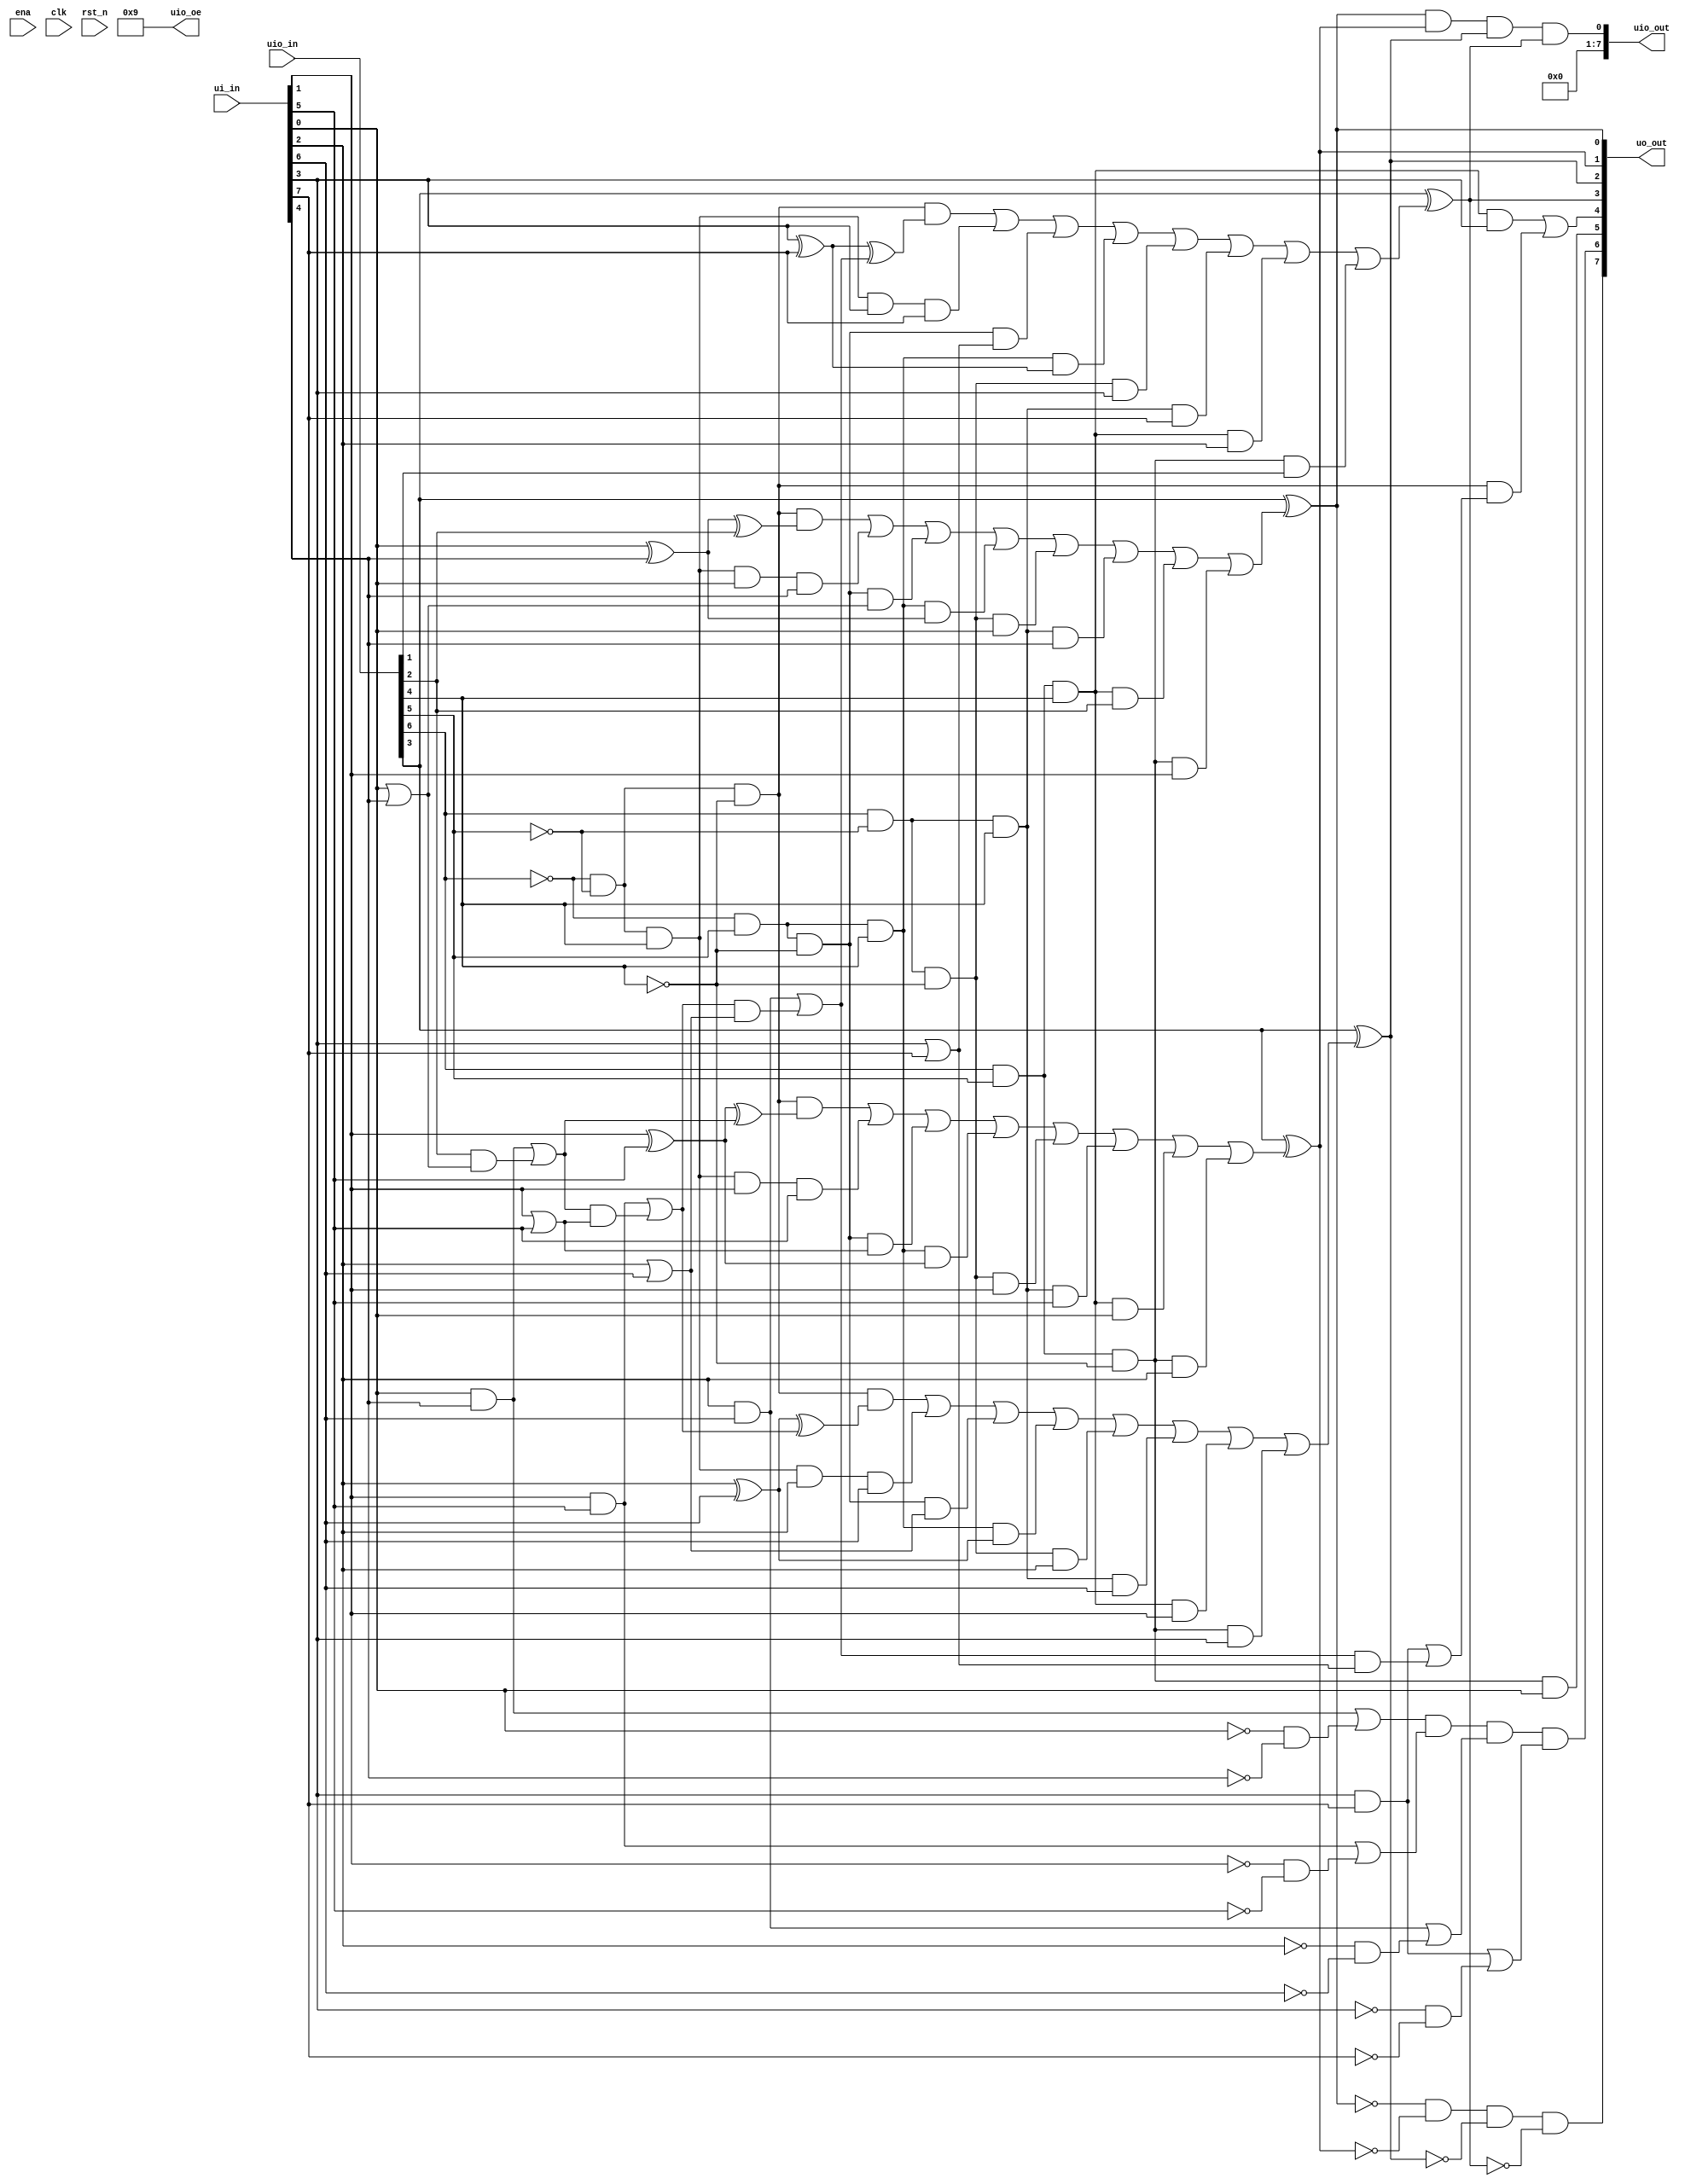
// 4-bit ALU slice design
// Mike McCann 7/5/2024
// tested on an Altera/Intel Cyclone II EP2C20F484C7 FPGA

module tt_um_kb2ghz_xalu (
    input  wire [7:0] ui_in,    // Dedicated inputs
    output wire [7:0] uo_out,   // Dedicated outputs
    input  wire [7:0] uio_in,   // IOs: Input path
    output wire [7:0] uio_out,  // IOs: Output path
    output wire [7:0] uio_oe,   // IOs: Enable path (active high: 0=input, 1=output)
    input  wire       ena,      // will go high when the design is enabled
    input  wire       clk,      // clock
    input  wire       rst_n     // reset_n - low to reset
);

assign uio_oe = 8'b00001001;

// define two 4-bit data input ports 

// port A
`define da0 ui_in[0] 
`define da1 ui_in[1]  
`define da2 ui_in[2]  
`define da3 ui_in[3]  

// port B
`define db0 ui_in[4] 
`define db1 ui_in[5] 
`define db2 ui_in[6]
`define db3 ui_in[7] 

// define an 4-bit data output port

`define d0 uo_out[0] 
`define d1 uo_out[1]  
`define d2 uo_out[2]  
`define d3 uo_out[3]  

// function code inputs
`define F0 uio_in[4]
`define F1 uio_in[5]
`define F2 uio_in[6]	
	
// define carry outputs

`define co_left uo_out[4]   // left carry output
`define co_right uo_out[5]  // right carry ouput

// comparator output

`define EQU uo_out[6]      //  A=B

// zero detect

`define ZERO uo_out[7]       // output = +zero
`define NEG_ZERO uio_out[0]  // output = -zero

// define carry inputs

`define ci_left uio_in[1]        // left side carry input
`define ci_right uio_in[2]       // right side carry input

// 1's complement mode
`define COM uio_in[3]
	
// list unused inputs to prevent warnings
wire _unused =&{ena, clk, rst_n, 1'b0};
assign uio_out[1] = 1'b0;
assign uio_out[2] = 1'b0;
assign uio_out[3] = 1'b0;
assign uio_out[4] = 1'b0;
assign uio_out[5] = 1'b0;
assign uio_out[6] = 1'b0;
assign uio_out[7] = 1'b0;
	
wire bit0cy, bit1cy, bit2cy;  // carry signals between full adders
wire d0int, d1int, d2int, d3int; // bus connecting the 1's complement section and output port

// implement 1's complement function
assign `d0 = `COM ^ d0int;
assign `d1 = `COM ^ d1int;
assign `d2 = `COM ^ d2int;
assign `d3 = `COM ^ d3int;

wire ADD, AND, OR, XOR, PASSA, PASSB, SHL, SHR;

assign d0int = (ADD & (`da0 ^ `db0 ^ `ci_right)) |
		(AND & `da0 & `db0)   |
		(OR & (`da0 | `db0))  |
		(XOR & (`da0 ^ `db0)) |
		(PASSA & `da0) |
		(PASSB & `db0) |
		(SHL & `ci_right) |
	        (SHR & `da1);

assign d1int = (ADD & (`da1 ^ `db1 ^ bit0cy)) |
		(AND & `da1 & `db1)   |
		(OR & (`da1 | `db1))  |
		(XOR & (`da1 ^ `db1)) |
		(PASSA & `da1) |
		(PASSB & `db1) |
		(SHL & `da0) |
	        (SHR & `da2);

assign d2int = (ADD & (`da2 ^ `db2 ^ bit1cy)) |
		(AND & `da2 & `db2)   |
		(OR & (`da2 | `db2))  |
		(XOR & (`da2 ^ `db2)) |
		(PASSA & `da2) |
		(PASSB & `db2) |
		(SHL & `da1) |
	        (SHR & `da3);

assign d3int = (ADD & (`da3 ^ `db3 ^ bit2cy)) |
		(AND & `da3 & `db3)   |
		(OR & (`da3 | `db3))  |
	        (XOR & (`da3 ^ `db3)) |
		(PASSA & `da3) |
		(PASSB & `db3) |
		(SHL & `da2) |
	        (SHR & `ci_left);

assign bit0cy = `da0 & `db0 | `ci_right & (`da0 | `db0);
assign bit1cy = `da1 & `db1 | bit0cy & (`da1 | `db1);
assign bit2cy = `da2 & `db2 | bit1cy & (`da2 | `db2);

// function code decode

assign ADD = ~`F2 & ~`F1 & ~`F0;     // 0
assign AND = ~`F2 & ~`F1 & `F0;      // 1
assign OR = ~`F2 & `F1 & ~`F0;       // 2
assign XOR = ~`F2 & `F1 & `F0;       // 3
assign PASSA = `F2 & ~`F1 & ~`F0;    // 4
assign PASSB = `F2 & ~`F1 & `F0;     // 5
assign SHR = `F2 & `F1 & ~`F0;       // 6
assign SHL = `F2 & `F1 & `F0;        // 7
	
// carry outputs

assign `co_left = (SHL & `da3) | (ADD & (`da3 & `db3 | bit2cy & (`da3 | `db3)));
assign `co_right = SHR & `da0;

// output status signals

assign `ZERO = ~`d0 & ~`d1 & ~`d2 & ~`d3;
assign `NEG_ZERO = `d0 & `d1 & `d2 & `d3;

assign `EQU = ((`da0 & `db0) | (~`da0 & ~`db0)) &
	((`da1 & `db1) | (~`da1 & ~`db1)) &
	((`da2 & `db2) | (~`da2 & ~`db2)) &
	((`da3 & `db3) | (~`da3 & ~`db3));
endmodule